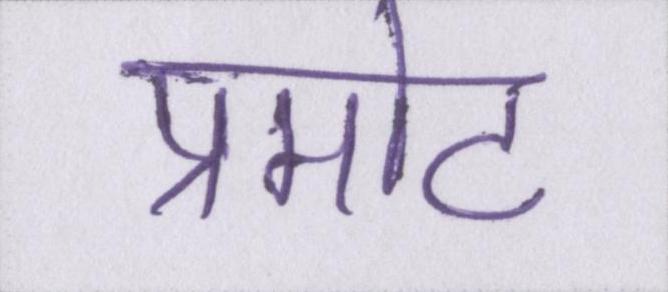
प्रमोट